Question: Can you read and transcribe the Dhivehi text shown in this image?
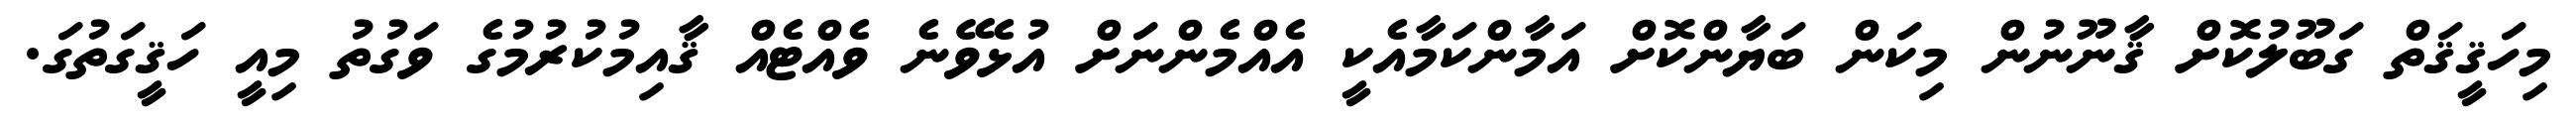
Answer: މިހަޤީޤަތް ގަބޫލުކޮށް ޤާނޫނުން މިކަން ބަޔާންކޮށް އަމާންކަމާއެކީ އެއްމެންނަށް އުޅެވޭނެ ވެއްޓެއް ޤާއިމުކުރުމުގެ ވަގުތު މިއީ ހަޤީގަތުގަ.